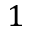
1